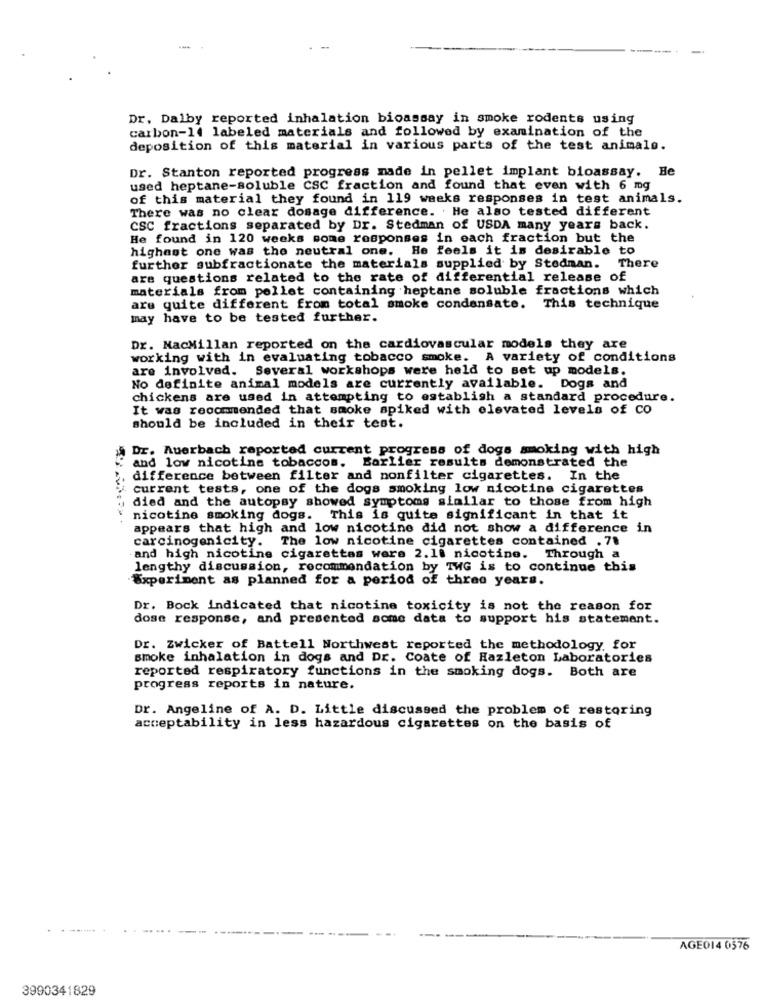
--
Dr. Dalby reported inhalation bioassay in smoke rodents using
carbon-14 labeled materials and followed by examination of the
deposition of this material in various parts of the test animalo.
Dr. Stanton reported progress made in pellet implant bioassay. He
used heptane-soluble CSC fraction and found that even with 6 mg
of this material they found in 119 weeks responses in test animals.
There was no clear dosage difference. He also tested different
CSC fractions separated by Dr. Stedman of USDA many years back.
He found in 120 weeks some responses in each fraction but the
highest one was the neutral one. He feels it is desirable to
further subfractionate the materials supplied by Stedman. There
are questions related to the rate of differential release of
materials from pellet containing heptane soluble fractions which
are quite different from total smoke condensate. This technique
may have to be tested further.
Dr. MacMillan reported on the cardiovascular models they are
working with in evaluating tobacco smoke. A variety of conditions
are involved. Several workshops were held to set up models.
No definite animal models are currently available. Dogs and
chickens are used in attempting to establish a standard procedure.
It was recommended that smoke spiked with elevated levels of co
should be included in their test.
Dr. Auerbach reported current progress of dogs smoking with high
and low nicotine tobaccos. Earlier results demonstrated the
difference between filter and nonfilter cigarettes. In the
current tests, one of the dogs smoking low nicotine cigarettes
died and the autopsy showed symptoms similar to those from high
nicotine smoking dogs. This is quite significant in that it
appears that high and low nicotine did not show a difference in
carcinogenicity. The low nicotine cigarettes contained . 78
-and high nicotine cigarettes wers 2.18 nicotine. Through a
lengthy discussion, recommendation by TWG is to continue this
Experiment as planned for a period of three years.
Dr. Bock indicated that nicotine toxicity is not the reason for
dose response, and presented some data to support his statement.
Dr. Zwicker of Battell Northwest reported the methodology for
smoke inhalation in dogs and Dr. Coate of Hazleton Laboratories
reported respiratory functions in the smoking dogs. Both are
progress reports in nature.
Dr. Angeline of A. D. Little discussed the problem of restoring
acceptability in less hazardous cigarettes on the basis of
AGE014 0576
3990341829